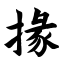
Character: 掾